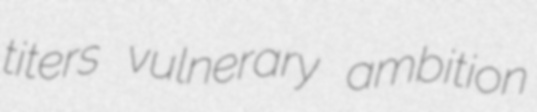
titers vulnerary ambition